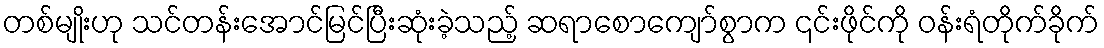
တစ်မျိုးဟု သင်တန်းအောင်မြင်ပြီးဆုံးခဲ့သည့် ဆရာစောကျော်စွာက ၎င်းဖိုင်ကို ဝန်းရံတိုက်ခိုက်